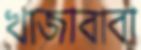
খাজাবাবা